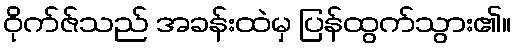
ဝိုက်ဇ်သည် အခန်းထဲမှ ပြန်ထွက်သွား၏။